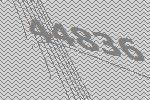
44836